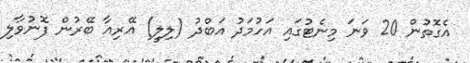
އެގޮތުން 20 ވަނަ މިނެޓުގައި އަހުމަދު އަބްދު (ލިލީ) އޭރިއާ ބޭރުން ފޮނުވާލި